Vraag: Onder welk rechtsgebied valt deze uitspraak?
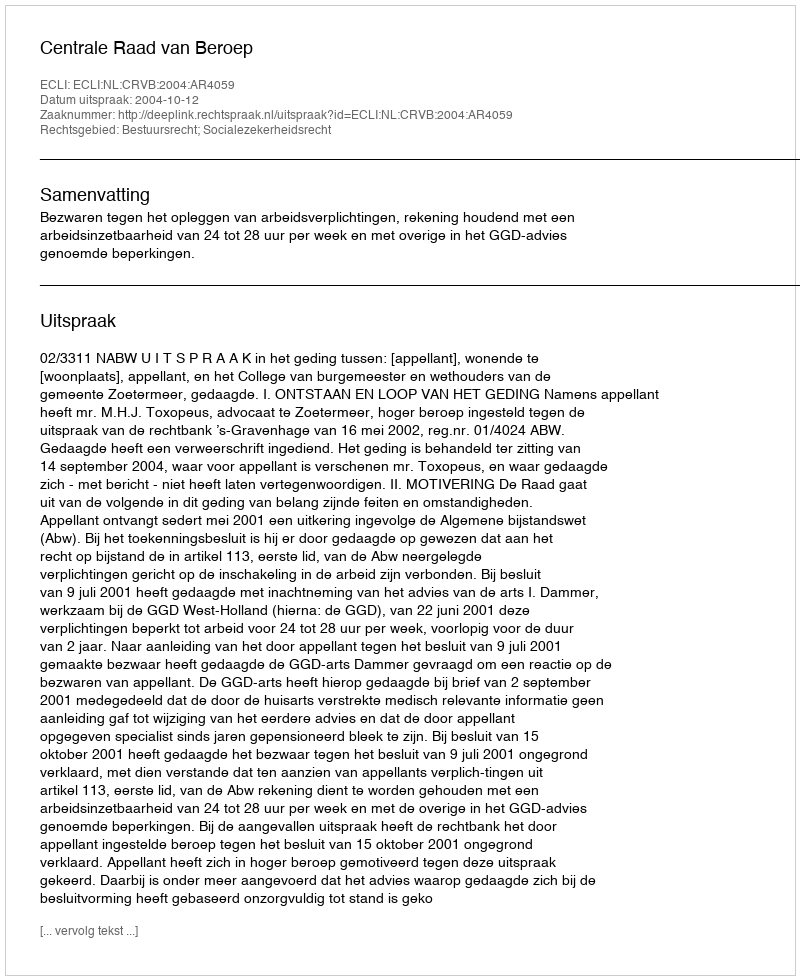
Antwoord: Bestuursrecht; Socialezekerheidsrecht